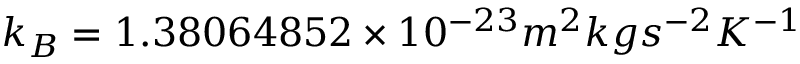
k _ { B } = 1 . 3 8 0 6 4 8 5 2 × 1 0 ^ { - 2 3 } m ^ { 2 } k g s ^ { - 2 } K ^ { - 1 }